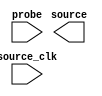
// megafunction wizard: %In-System Sources and Probes%VBB%
// GENERATION: STANDARD
// VERSION: WM1.0
// MODULE: altsource_probe 

// ============================================================
// Megafunction Name(s):
// 			altsource_probe
//
// Simulation Library Files(s):
// 			
// ============================================================
// ************************************************************
// THIS IS A WIZARD-GENERATED FILE. DO NOT EDIT THIS FILE!
//
// 20.1.1 Build 720 11/11/2020 SJ Lite Edition
// ************************************************************

//Copyright (C) 2020  Intel Corporation. All rights reserved.
//Your use of Intel Corporation's design tools, logic functions 
//and other software and tools, and any partner logic 
//functions, and any output files from any of the foregoing 
//(including device programming or simulation files), and any 
//associated documentation or information are expressly subject 
//to the terms and conditions of the Intel Program License 
//Subscription Agreement, the Intel Quartus Prime License Agreement,
//the Intel FPGA IP License Agreement, or other applicable license
//agreement, including, without limitation, that your use is for
//the sole purpose of programming logic devices manufactured by
//Intel and sold by Intel or its authorized distributors.  Please
//refer to the applicable agreement for further details, at
//https://fpgasoftware.intel.com/eula.

module hps_reset (
	probe,
	source_clk,
	source);

	input	  probe;
	input	  source_clk;
	output	[2:0]  source;

endmodule

// ============================================================
// CNX file retrieval info
// ============================================================
// Retrieval info: PRIVATE: INTENDED_DEVICE_FAMILY STRING "Cyclone V"
// Retrieval info: LIBRARY: altera_mf altera_mf.altera_mf_components.all
// Retrieval info: CONSTANT: ENABLE_METASTABILITY STRING "YES"
// Retrieval info: CONSTANT: INSTANCE_ID STRING "RST"
// Retrieval info: CONSTANT: PROBE_WIDTH NUMERIC "0"
// Retrieval info: CONSTANT: SLD_AUTO_INSTANCE_INDEX STRING "YES"
// Retrieval info: CONSTANT: SLD_INSTANCE_INDEX NUMERIC "0"
// Retrieval info: CONSTANT: SOURCE_INITIAL_VALUE STRING " 0"
// Retrieval info: CONSTANT: SOURCE_WIDTH NUMERIC "3"
// Retrieval info: USED_PORT: probe 0 0 0 0 INPUT NODEFVAL "probe"
// Retrieval info: USED_PORT: source 0 0 3 0 OUTPUT NODEFVAL "source[2..0]"
// Retrieval info: USED_PORT: source_clk 0 0 0 0 INPUT NODEFVAL "source_clk"
// Retrieval info: CONNECT: @probe 0 0 0 0 probe 0 0 0 0
// Retrieval info: CONNECT: @source_clk 0 0 0 0 source_clk 0 0 0 0
// Retrieval info: CONNECT: source 0 0 3 0 @source 0 0 3 0
// Retrieval info: GEN_FILE: TYPE_NORMAL hps_reset.v TRUE
// Retrieval info: GEN_FILE: TYPE_NORMAL hps_reset.inc FALSE
// Retrieval info: GEN_FILE: TYPE_NORMAL hps_reset.cmp FALSE
// Retrieval info: GEN_FILE: TYPE_NORMAL hps_reset.bsf FALSE
// Retrieval info: GEN_FILE: TYPE_NORMAL hps_reset_inst.v FALSE
// Retrieval info: GEN_FILE: TYPE_NORMAL hps_reset_bb.v TRUE